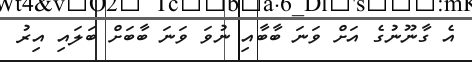
އެ ގާނޫނުގެ އަށް ވަނަ ބާބާއި ނުވަ ވަނަ ބާބަށް ބަލައި އިރު